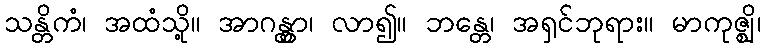
သန္တိကံ၊ အထံသို့။ အာဂန္တွာ၊ လာ၍။ ဘန္တေ၊ အရှင်ဘုရား။ မာကုဇ္ဈိ၊